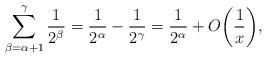
LaTeX: \begin{align*} \sum_{\beta = \alpha + 1}^{\gamma} \frac{1}{2^{\beta}} = \frac{1}{2^{\alpha}} - \frac{1}{2^{\gamma}} = \frac{1}{2^{\alpha}} + O\bigg(\frac{1}{x}\bigg), \end{align*}